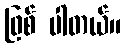
ဖြစ် ပါတယ်။